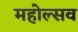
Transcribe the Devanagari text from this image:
महोल्सव